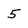
Character: 5